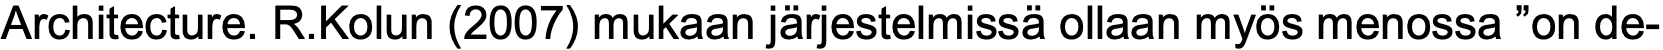
Architecture. R.Kolun (2007) mukaan järjestelmissä ollaan myös menossa ”on de-